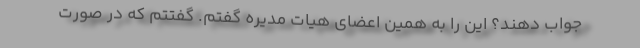
جواب دهند؟ این را به همین اعضای هیات مدیره گفتم. گفتتم که در صورت